Piroplasma canis and its life cycle in the tick - Number 29
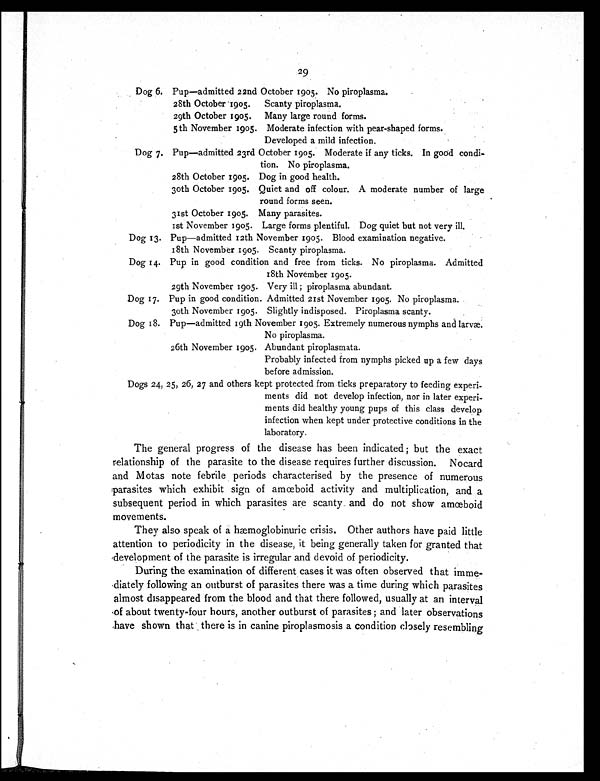
29
Dog 6. Pup—admitted 22nd October 1905. No piroplasma.
28th October 1905.
Scanty piroplasma.
29th October 1905. Many large round forms.
5th November 1905. Moderate infection with pear-shaped forms.
Developed a mild infection.
Dog 7. Pup—admitted 23rd October 1905. Moderate if any ticks. In good condi-
tion. No piroplasma.
28th October 1905. Dog in good health.
30th October 1905. Quiet and off colour. A moderate number of large
round forms seen.
31st October 1905. Many parasites.
1st November 1905. Large forms plentiful. Dog quiet but not very ill.
Dog 13. Pup—admitted 12th November 1905. Blood examination negative.
18th November 1905. Scanty piroplasma.
Dog 14. Pup in good condition and free from ticks. No piroplasma. Admitted
1 8 t h N o v e m b e r 1 9 0 5 .
29th November 1905. Very ill; piroplasma abundant.
Dog 17. Pup in good condition. Admitted 21st November 1905. No piroplasma.
30th November 1905. Slightly indisposed. Piroplasma scanty.
Dog 18. Pup—admitted 19th November 1905. Extremely numerous nymphs and larvæ.
No piroplasma.
26th November 1905. Abundant piroplasmata.
Probably infected from nymphs picked up a few days
before admission.
Dogs 24, 25, 26, 27 and others kept protected from ticks preparatory to feeding experi-
ments did not develop infection, nor in later experi-
ments did healthy young pups of this class develop
infection when kept under protective conditions in the
laboratory.
The general progress of the disease has been indicated; but the exact
relationship of the parasite to the disease requires further discussion. Nocard
and Motas note febrile periods characterised by the presence of numerous
parasites which exhibit sign of amœboid activity and multiplication, and a
subsequent period in which parasites are scanty and do not show amœboid
movements.
They also speak of a hæmoglobinuric crisis. Other authors have paid little
attention to periodicity in the disease, it being generally taken for granted that
development of the parasite is irregular and devoid of periodicity.
During the examination of different cases it was often observed that imme-
diately following an outburst of parasites there was a time during which parasites
almost disappeared from the blood and that there followed, usually at an interval
of about twenty-four hours, another outburst of parasites; and later observations
have shown that there is in canine piroplasmosis a condition closely resembling